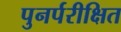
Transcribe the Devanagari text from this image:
पुनर्परीक्षित